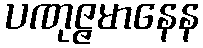
ပဏုဇ္ဇမာနေန